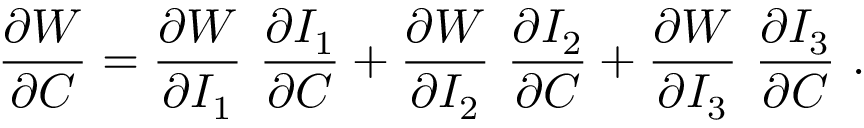
{ \frac { \partial W } { \partial { \boldsymbol { C } } } } = { \frac { \partial W } { \partial I _ { 1 } } } ~ { \frac { \partial I _ { 1 } } { \partial { \boldsymbol { C } } } } + { \frac { \partial W } { \partial I _ { 2 } } } ~ { \frac { \partial I _ { 2 } } { \partial { \boldsymbol { C } } } } + { \frac { \partial W } { \partial I _ { 3 } } } ~ { \frac { \partial I _ { 3 } } { \partial { \boldsymbol { C } } } } ~ .